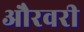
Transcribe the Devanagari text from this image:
औरवरी